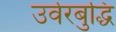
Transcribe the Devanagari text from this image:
उर्वरबुद्धि